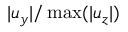
| u _ { y } | / \operatorname* { m a x } ( | u _ { z } | )